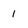
Character: i